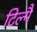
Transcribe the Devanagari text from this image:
टिल्मै